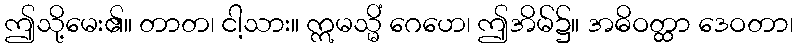
ဤသို့မေး၏။ တာတ၊ ငါ့သား။ ဣမသ္မိံ ဂေဟေ၊ ဤအိမ်၌။ အဓိဝတ္ထာ ဒေဝတာ၊